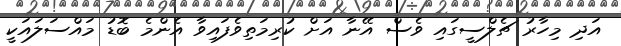
އަދި މިހާރު ޗެލްސީގައި ވެސް އޭނާ އަށް ކުރިމަތިވެފައިވާ އެންމެ ބޮޑު މައްސަލައަކީ